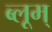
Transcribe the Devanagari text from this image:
ब्लूम्